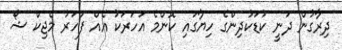
ދިރާގުން ދަނީ ކުޑަކުދިންގެ ހިޔާގައި ކޮންމެ އަހަރަކު އެއް ފަހަރު މެޖިކް ޝޯ